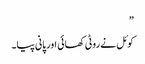
”
کوئل نے روٹی کھائی اور پانی پیا۔